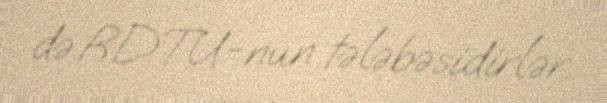
də RDTU-nun tələbəsidirlər.